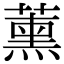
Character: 𮑜